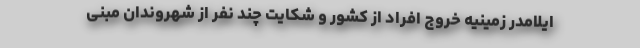
ایلامدر زمینیه خروج افراد از کشور و شکایت چند نفر از شهروندان مبنی